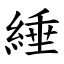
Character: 綞